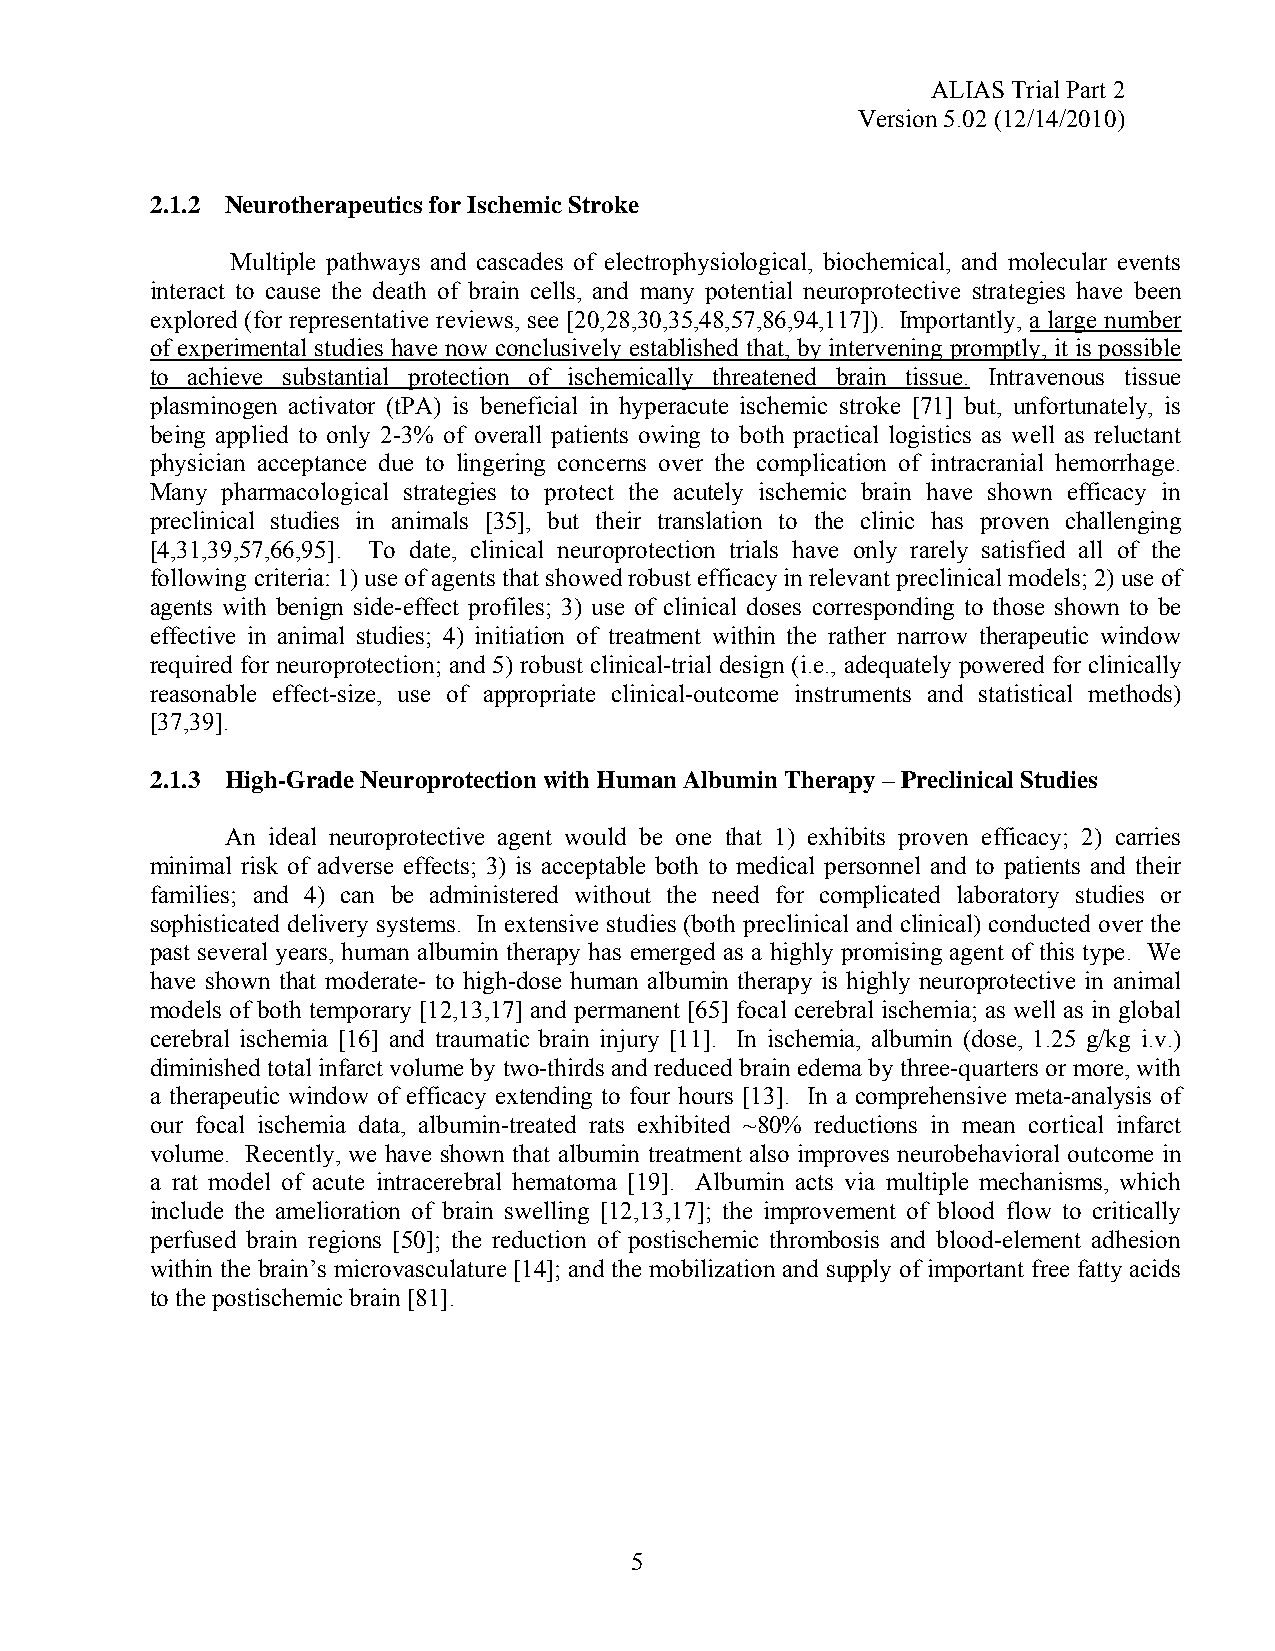
ALIAS Trial Part 2
 Version 5.02 (12/14/2010)
 2.1.2 Neurotherapeutics for Ischemic Stroke
 Multiple pathways and cascades of electrophysiological, biochemical, and molecular events
 interact to cause the death of brain cells, and many potential neuroprotective strategies have been
 explored (for representative reviews, see [20,28,30,35,48,57,86,94,117]). Importantly, a large number
 of experimental studies have now conclusively established that, by intervening promptly, it is possible
 to achieve substantial protection of ischemically threatened brain tissue. Intravenous tissue
 plasminogen activator (tPA) is beneficial in hyperacute ischemic stroke [71] but, unfortunately, is
 being applied to only 2-3% of overall patients owing to both practical logistics as well as reluctant
 physician acceptance due to lingering concerns over the complication of intracranial hemorrhage.
 Many pharmacological strategies to protect the acutely ischemic brain have shown efficacy in
 preclinical studies in animals [35], but their translation to the clinic has proven challenging
 [4,31,39,57,66,95]. To date, clinical neuroprotection trials have only rarely satisfied all of the
 following criteria: 1) use of agents that showed robust efficacy in relevant preclinical models; 2) use of
 agents with benign side-effect profiles; 3) use of clinical doses corresponding to those shown to be
 effective in animal studies; 4) initiation of treatment within the rather narrow therapeutic window
 required for neuroprotection; and 5) robust clinical-trial design (i.e., adequately powered for clinically
 reasonable effect-size, use of appropriate clinical-outcome instruments and statistical methods)
 [37,39].
 2.1.3 High-Grade Neuroprotection with Human Albumin Therapy – Preclinical Studies
 An ideal neuroprotective agent would be one that 1) exhibits proven efficacy; 2) carries
 minimal risk of adverse effects; 3) is acceptable both to medical personnel and to patients and their
 families; and 4) can be administered without the need for complicated laboratory studies or
 sophisticated delivery systems. In extensive studies (both preclinical and clinical) conducted over the
 past several years, human albumin therapy has emerged as a highly promising agent of this type. We
 have shown that moderate- to high-dose human albumin therapy is highly neuroprotective in animal
 models of both temporary [12,13,17] and permanent [65] focal cerebral ischemia; as well as in global
 cerebral ischemia [16] and traumatic brain injury [11]. In ischemia, albumin (dose, 1.25 g/kg i.v.)
 diminished total infarct volume by two-thirds and reduced brain edema by three-quarters or more, with
 a therapeutic window of efficacy extending to four hours [13]. In a comprehensive meta-analysis of
 our focal ischemia data, albumin-treated rats exhibited ~80% reductions in mean cortical infarct
 volume. Recently, we have shown that albumin treatment also improves neurobehavioral outcome in
 a rat model of acute intracerebral hematoma [19]. Albumin acts via multiple mechanisms, which
 include the amelioration of brain swelling [12,13,17]; the improvement of blood flow to critically
 perfused brain regions [50]; the reduction of postischemic thrombosis and blood-element adhesion
 within the brain’s microvasculature [14]; and the mobilization and supply of important free fatty acids
 to the postischemic brain [81].
 5